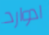
ادوارد